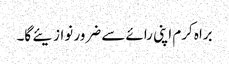
براہ کرم اپنی رائے سے ضرور نوازیئے گا۔